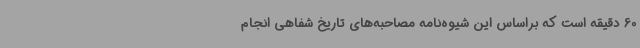
60 دقیقه است که براساس این شیوه‌نامه مصاحبه‌های تاریخ شفاهی انجام